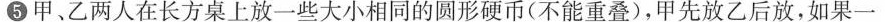
⑤ 甲乙两人在长方桌上放一些大小相同的圆形硬币(不能重叠)，甲先放乙后放，如果一